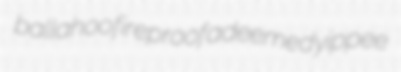
ballahoo fireproof adeemed yippee